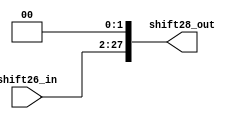
`timescale 1ns / 1ps
//////////////////////////////////////////////////////////////////////////////////
// Company: 
// 
// Design Name:     26 bit Left Shift
// Module Name:     LSHF_26 
// Project Name:    MIPS 16 bit Processor
// Target Devices: 
// Tool versions: 
// Description: 
//              Left shift 26 bit input by 2 
// Dependencies: N/A
//
// Revision: 
// Revision 0.01 - File Created
// Additional Comments: 
//
//////////////////////////////////////////////////////////////////////////////////
module LSHF_26(shift28_out, shift26_in);

    output  [27:0]  shift28_out;
    input   [25:0]  shift26_in;

    assign shift28_out = shift26_in << 2;

endmodule